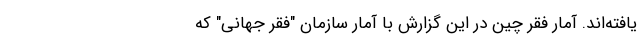
یافته‌اند. آمار فقر چین در این گزارش با آمار سازمان "فقر جهانی" که